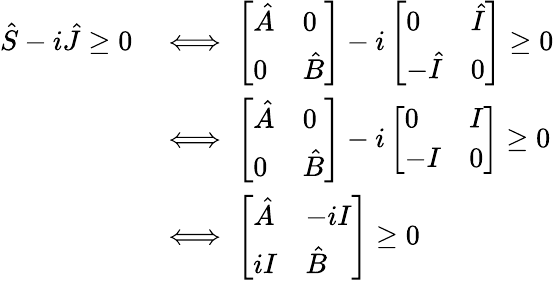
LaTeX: \begin{array}{rl}{\hat{S}-i\hat{J}\geq 0}&{\iff\left[\begin{array}{ll}{\hat{A}}&{0}\\ {0}&{\hat{B}}\end{array}\right]-i\left[\begin{array}{ll}{0}&{\hat{I}}\\ {-\hat{I}}&{0}\end{array}\right]\geq 0}\\ &{\iff\left[\begin{array}{ll}{\hat{A}}&{0}\\ {0}&{\hat{B}}\end{array}\right]-i\left[\begin{array}{ll}{0}&{I}\\ {-I}&{0}\end{array}\right]\geq 0}\\ &{\iff\left[\begin{array}{ll}{\hat{A}}&{-iI}\\ {iI}&{\hat{B}}\end{array}\right]\geq 0}\end{array}